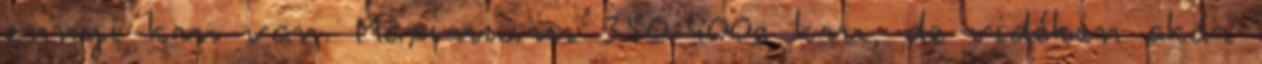
ennyi km van. Maximum 350-400e km, de vidéken akár